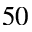
5 0